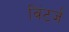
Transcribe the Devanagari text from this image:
विंटर्ज